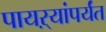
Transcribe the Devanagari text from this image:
पायऱ्यांपर्यंत